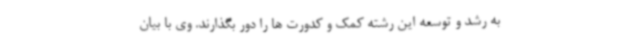
به رشد و توسعه این رشته کمک و کدورت ها را دور بگذارند. وی با بیان